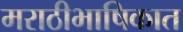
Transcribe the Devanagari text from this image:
मराठीभाषिकात